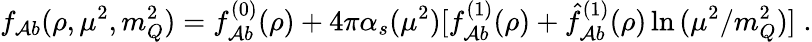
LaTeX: f_{\mathcal{A}b}(\rho,\mu^{2},m_{Q}^{2})=f_{\mathcal{A}b}^{(0)}(\rho)+4\pi\alpha_{s}(\mu^{2})[f_{\mathcal{A}b}^{(1)}(\rho)+\hat{{f}}_{\mathcal{A}b}^{(1)}(\rho)\ln{(\mu^{2}/m_{Q}^{2})}]\; .